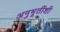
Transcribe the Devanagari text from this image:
अनुभूतींशी